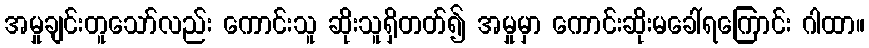
အမှုချင်းတူသော်လည်း ကောင်းသူ ဆိုးသူရှိတတ်၍ အမှုမှာ ကောင်းဆိုးမခေါ်ရကြောင်း ဂါထာ။